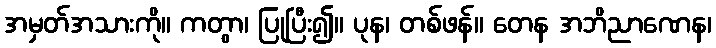
အမှတ်အသားကို။ ကတွာ၊ ပြုပြီး၍။ ပုန၊ တစ်ဖန်။ တေန အဘိညာဏေန၊